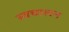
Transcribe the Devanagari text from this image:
स्‍वचालन